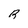
Character: R